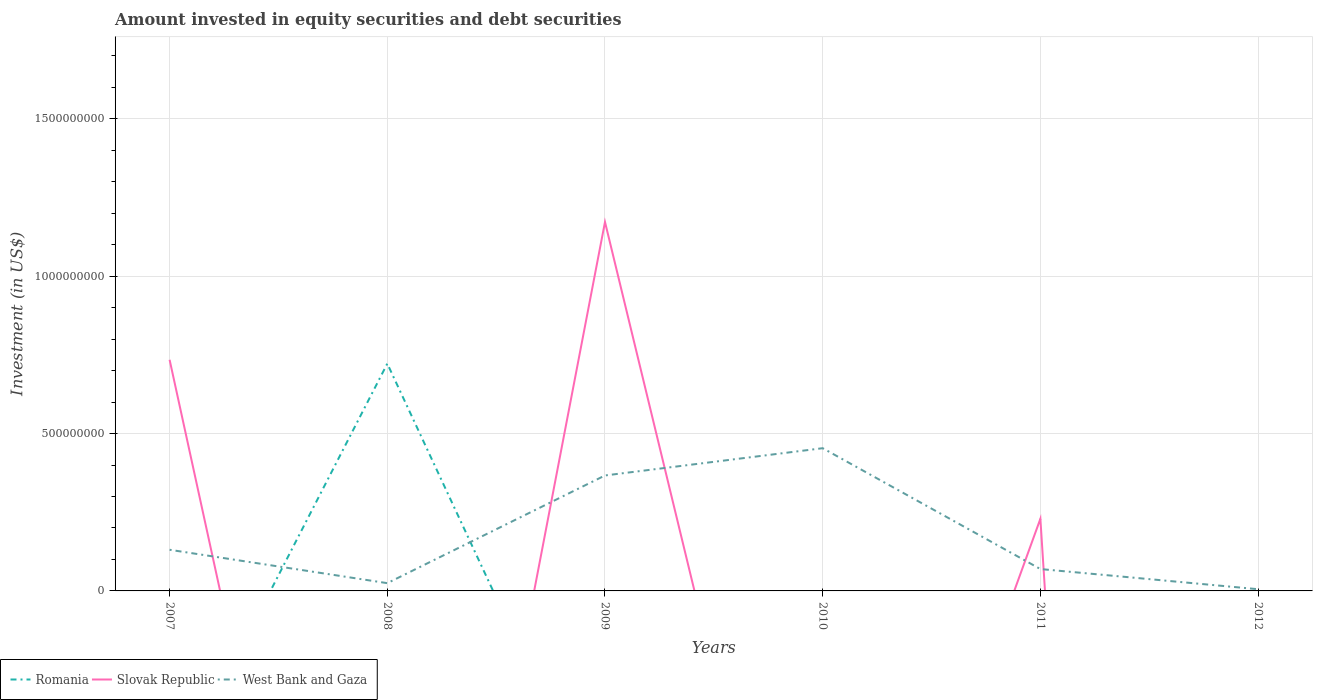
| Years | Romania | Slovak Republic | West Bank and Gaza |
 | --- | --- | --- | --- |
 | 2007 | -6.23e+08 | 7.34e+08 | 1.31e+08 |
 | 2008 | 7.22e+08 | -2.43e+09 | 2.47e+07 |
 | 2009 | -7.63e+08 | 1.17e+09 | 3.67e+08 |
 | 2010 | -1.27e+09 | -1.68e+09 | 4.53e+08 |
 | 2011 | -2.43e+09 | 2.29e+08 | 6.95e+07 |
 | 2012 | -4.62e+09 | -1.06e+10 | 5.43e+06 |